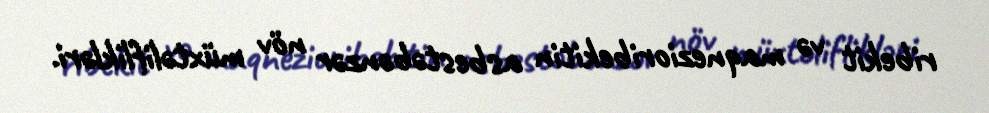
ribekit və maqnezioribekitin asbestəbənzər növ müxtəliflikləri.